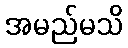
အမည်မသိ